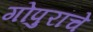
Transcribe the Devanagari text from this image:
गोपुरांचे